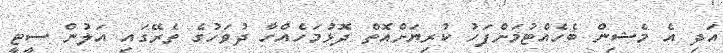
އަދި އެ މެޝިން ބެހެއްޓުމަށްފަހު ކުރިޔަށްއޮތް ދޮޅުމަހެއްހާ ދުވަހުގެ ތެރޭގައި އަލުން ސީޓީ